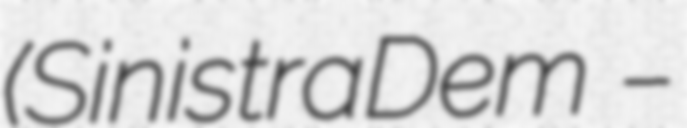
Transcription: (SinistraDem –